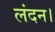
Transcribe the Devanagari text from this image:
लंदन।